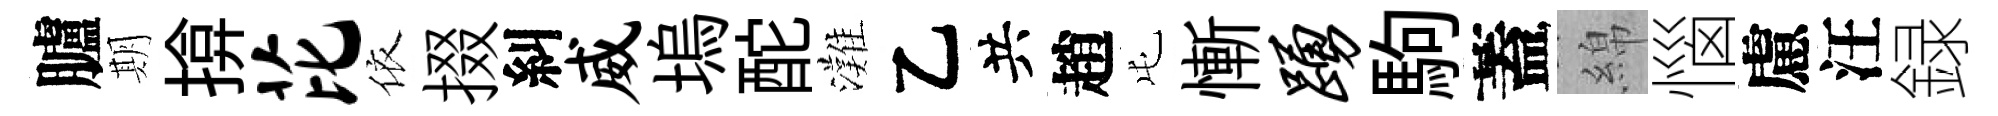
臚期揜芘依掇糾威塢酡灘乙共趙屯慚踊駒蓋綿惱慮汪録